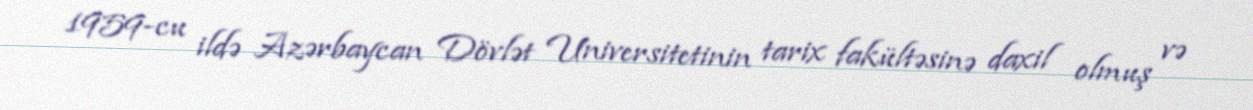
1959-cu ildə Azərbaycan Dövlət Universitetinin tarix fakültəsinə daxil olmuş və